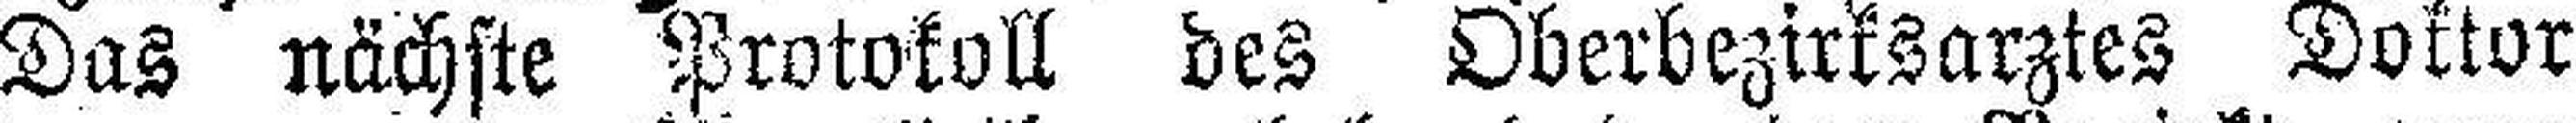
Das nächste Protokoll des Oberbezirksarztes Doktor